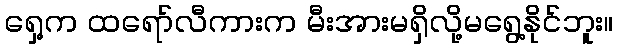
ရှေ့က ထရော်လီကားက မီးအားမရှိလို့မရွေ့နိုင်ဘူး။